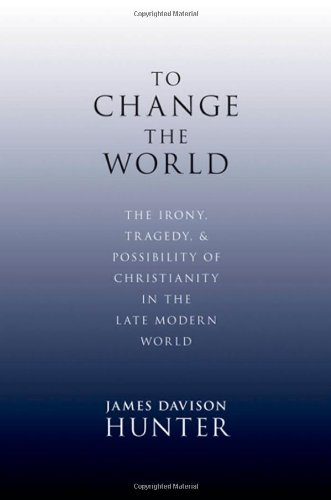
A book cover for To Change the World: The Irony, Tragedy, and Possibility of Christianity in the Late Modern World; James Davison Hunter; Religion & Spirituality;